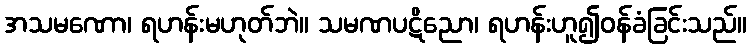
အသမဏော၊ ရဟန်းမဟုတ်ဘဲ။ သမဏပဋိညော၊ ရဟန်းဟူ၍ဝန်ခံခြင်းသည်။